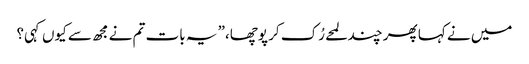
میں نے کہا پھر چند لمحے رُک کر پوچھا،” یہ بات تم نے مجھ سے کیوں کہی؟